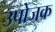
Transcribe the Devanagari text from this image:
उपोजक